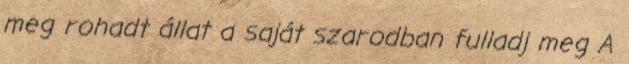
meg rohadt állat a saját szarodban fulladj meg A